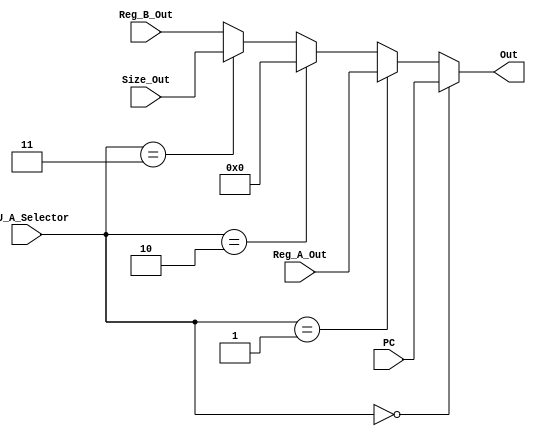
`timescale 1ns / 1ps

module ALU_A_Mux(ALU_A_Selector,PC,Reg_A_Out,Size_Out,Reg_B_Out,Out);

input [31:0] PC, Reg_A_Out,Size_Out,Reg_B_Out;
input [2:0]ALU_A_Selector;
output reg [31:0] Out;

always @(*)
begin
    if(ALU_A_Selector == 0)
        Out <= PC;

    else if(ALU_A_Selector == 1)
        Out <= Reg_A_Out;

	 else if(ALU_A_Selector == 2)
		Out <= 32'b0;
		
	 else if(ALU_A_Selector == 3)
		Out <= Size_Out;
		
	 else
		Out <= Reg_B_Out;
end
endmodule